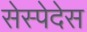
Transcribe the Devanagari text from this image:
सेस्पेदेस